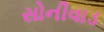
સોનીવાડ